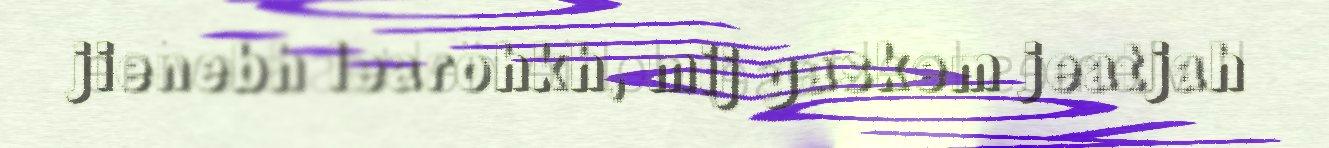
jienebh learohkh, mij gaskem jeatjah